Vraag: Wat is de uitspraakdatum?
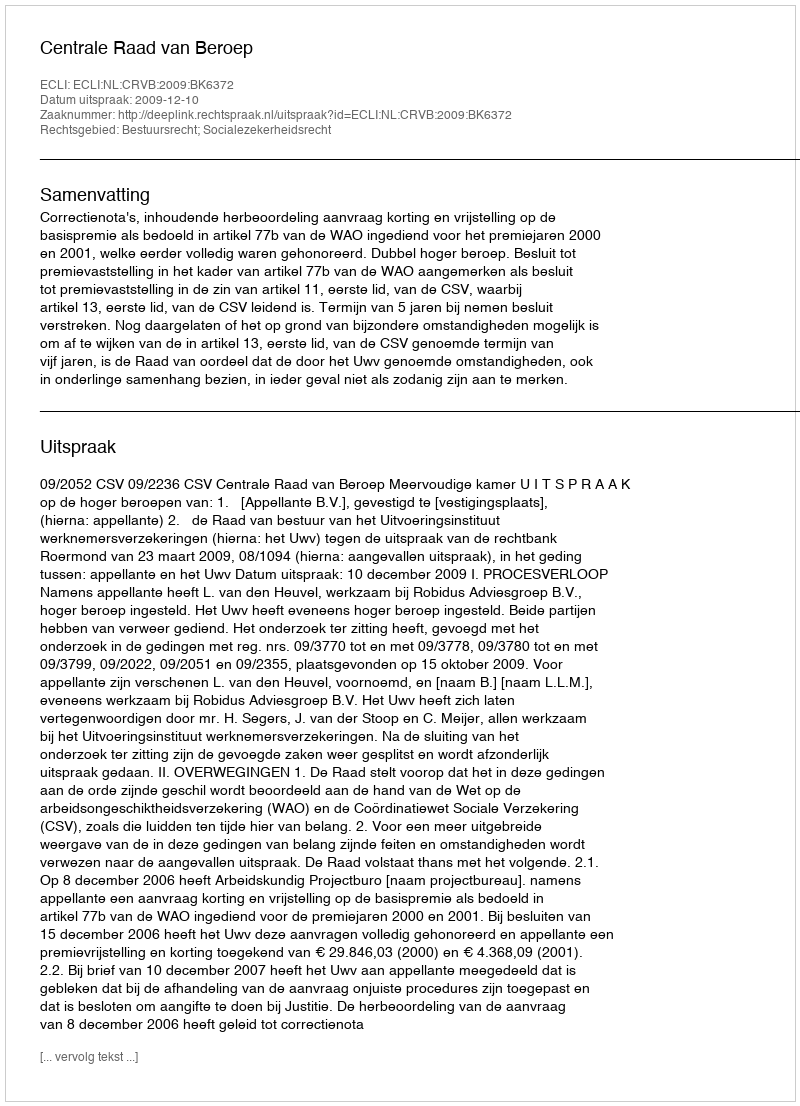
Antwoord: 2009-12-10